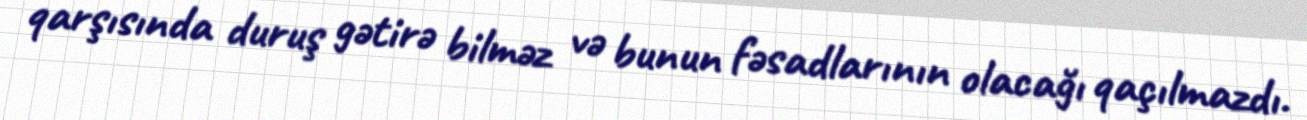
qarşısında duruş gətirə bilməz və bunun fəsadlarının olacağı qaçılmazdı.